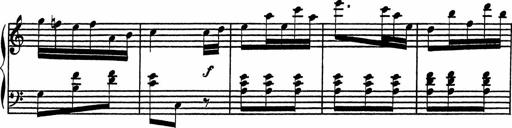
Title: 4 Piano Sonatinas
Composer: Adam Geibel